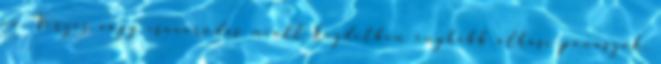
év. Vérzés vagy csavarodás miatt kezdetben enyhébb alhasi panaszok,